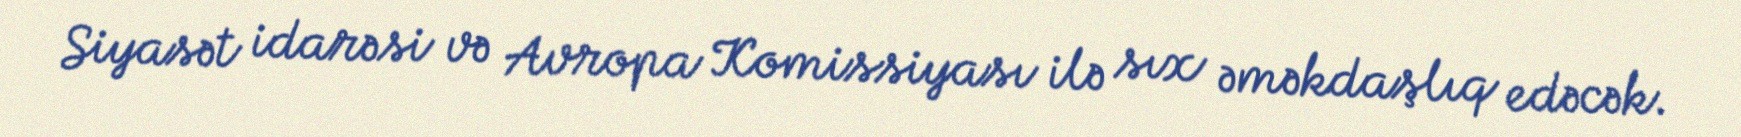
Siyasət idarəsi və Avropa Komissiyası ilə sıx əməkdaşlıq edəcək.